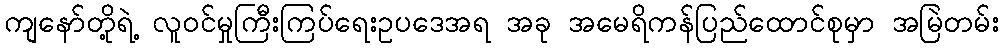
ကျနော်တို့ရဲ့ လူဝင်မှုကြီးကြပ်ရေးဥပဒေအရ အခု အမေရိကန်ပြည်ထောင်စုမှာ အမြဲတမ်း